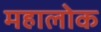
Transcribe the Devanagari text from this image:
महालोक